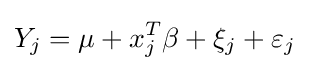
Y_{j}=\mu +x_{j}^{T}\beta +\xi _{j}+\varepsilon _{j}